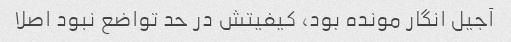
آجیل انگار مونده بود، کیفیتش در حد تواضع نبود اصلا